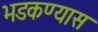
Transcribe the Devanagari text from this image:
भडकण्यास